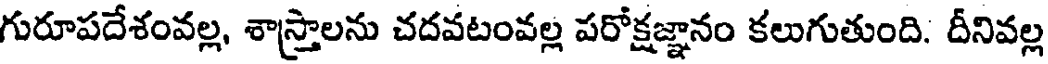
గురూపదేశంవల్ల, శాస్త్రాలను చదవటంవల్ల పరోక్షజ్ఞానం కలుగుతుంది. దీనివల్ల